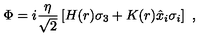
\Phi = i \frac { \eta } { \sqrt { 2 } } \left[ H ( r ) \sigma _ { 3 } + K ( r ) \hat { x } _ { i } \sigma _ { i } \right] \ ,